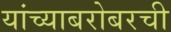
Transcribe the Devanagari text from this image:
यांच्याबरोबरची